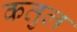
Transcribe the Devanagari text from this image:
कतुल